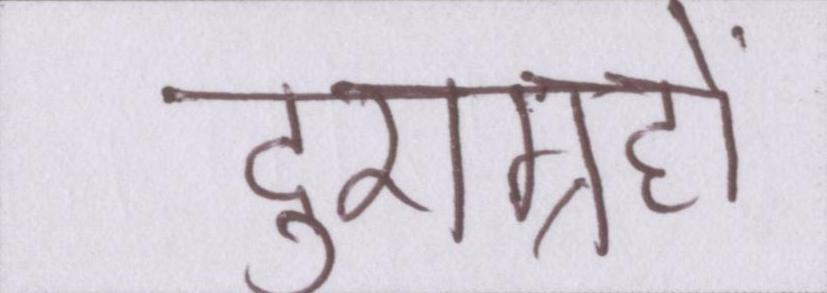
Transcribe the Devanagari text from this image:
दुराग्रहों